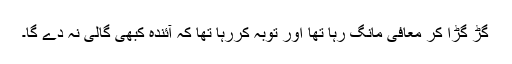
گڑ گڑا کر معافی مانگ رہا تھا اور توبہ کررہا تھا کہ آئندہ کبھی گالی نہ دے گا۔